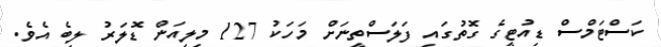
ކަސްޓަމްސް ޑިއުޓީގެ ގޮތުގައި ފަލަސްތީނަށް މަހަކު 127 މިލިއަން ޑޮލަރު ލިބެ އެވެ.